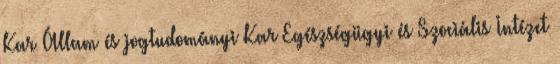
Kar Állam és jogtudományi Kar Egészségügyi és Szociális Intézet